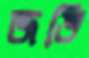
জভি